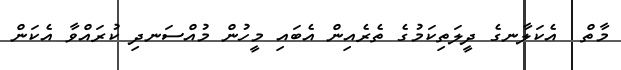
މާތް  އެކަލާނގެ ދީލަތިކަމުގެ ތެރެއިން އެބައި މީހުން މުއްސަނދި ކުރައްވާ އެކަން